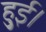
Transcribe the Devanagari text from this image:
हुुुुई।